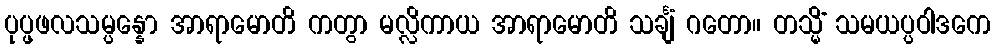
ပုပ္ဖဖလသမ္ပန္နော အာရာမောတိ ကတွာ မလ္လိကာယ အာရာမောတိ သင်္ချံ ဂတော။ တသ္မိံ သမယပ္ပဝါဒကေ